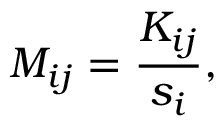
M _ { i j } = \frac { K _ { i j } } { s _ { i } } ,